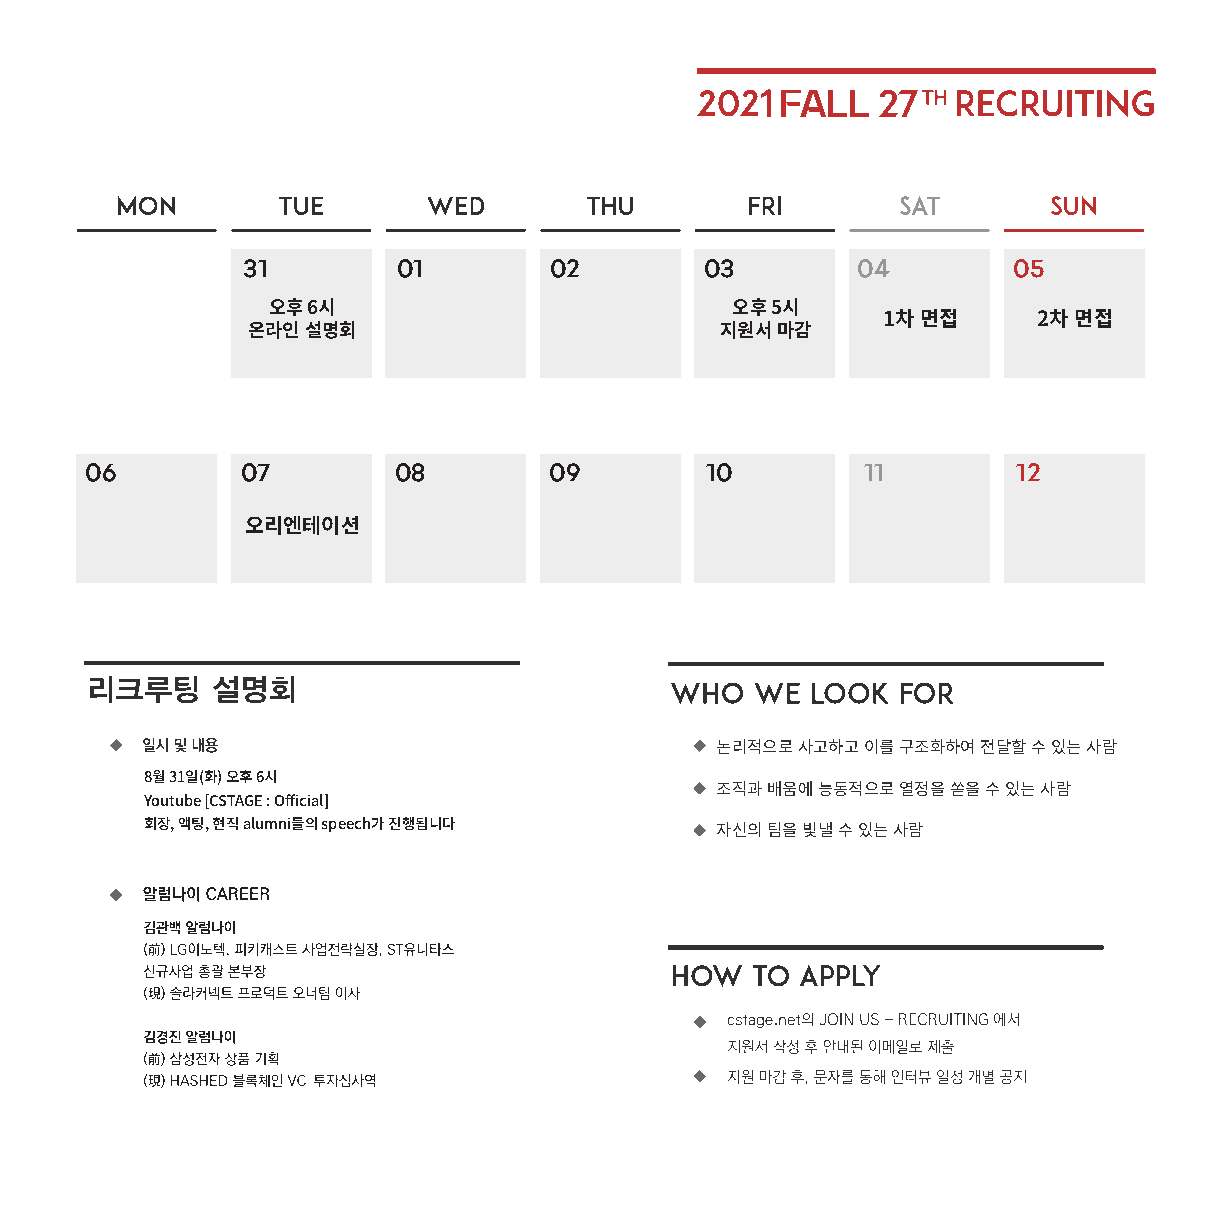
FALL  27
 31        01        02         03        04        05
 오후 6시                         오후 5시
 1차�면접      2차�면접
 온라인�설명회                         지원서�마감
 06        07        08        09         10        11        12
 오리엔테이션
 논리적으로�사고하고�이를�구조화하여�전달할�수�있는�사람
 8월 31일(화) 오후 6시
 조직과�배움에�능동적으로�열정을�쏟을�수�있는�사람
 Youtube [CSTAGE : Official]
 회장, 액팅, 현직 alumni들의 speech가�진행됩니다
 자신의�팀을�빛낼�수�있는�사람